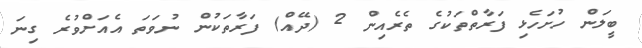
ބީލަން ހުށަހެޅި ފަރާތްތަކުގެ ތެރެއިން 2 (ދޭއް) ފަރާތަކުން ނުވަތަ އެއަށްވުރެ ގިނަ